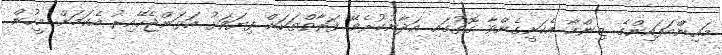
މައިންބަފައިންގެ ޒިންމާ އެކަށީގެންވާ ގޮތުގައި އަދާނުކުރެވޭ ފަރާތްތަކަށް ފިޔަވަޅު އަޅަންޖެހޭއިރު އެކަމަށް މީހުން